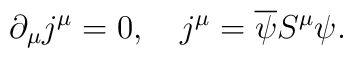
\partial_\mu j^\mu =0, \quad j^\mu =\overline \psi S^\mu \psi.